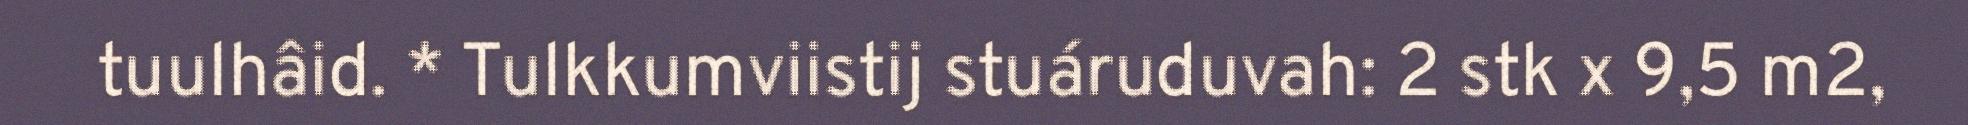
tuulhâid. * Tulkkumviistij stuáruduvah: 2 stk x 9,5 m2,